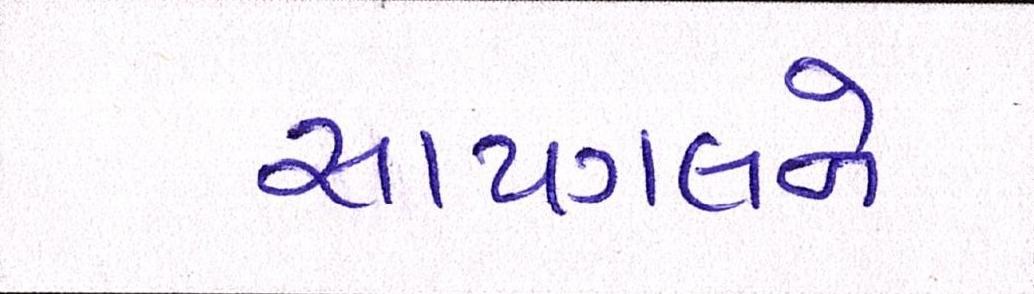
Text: સાયગલને